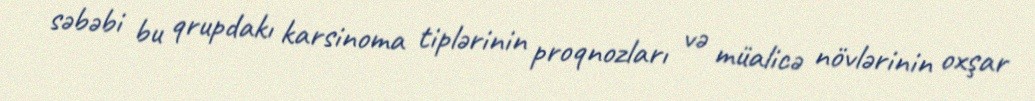
səbəbi bu qrupdakı karsinoma tiplərinin proqnozları və müalicə növlərinin oxşar